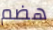
هضم